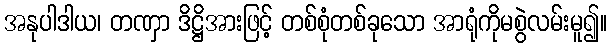
အနုပါဒါယ၊ တဏှာ ဒိဋ္ဌိအားဖြင့် တစ်စုံတစ်ခုသော အာရုံကိုမစွဲလမ်းမူ၍။